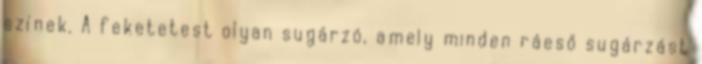
színek. A feketetest olyan sugárzó, amely minden ráeső sugárzást